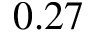
0 . 2 7